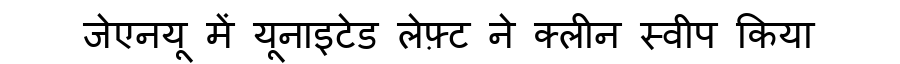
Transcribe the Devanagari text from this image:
जेएनयू में यूनाइटेड लेफ़्ट ने क्लीन स्वीप किया